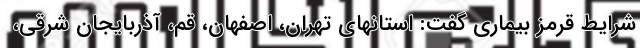
شرایط قرمز بیماری گفت: استانهای تهران، اصفهان، قم، آذربایجان شرقی،